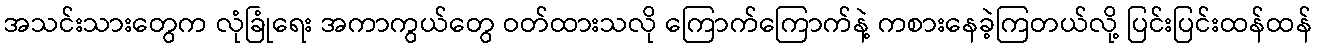
အသင်းသားတွေက လုံခြုံရေး အကာကွယ်တွေ ဝတ်ထားသလို ကြောက်ကြောက်နဲ့ ကစားနေခဲ့ကြတယ်လို့ ပြင်းပြင်းထန်ထန်